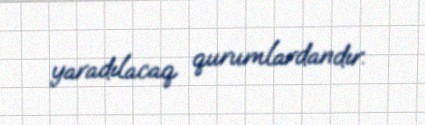
yaradılacaq qurumlardandır.